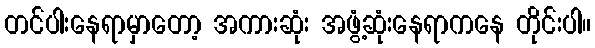
တင်ပါးနေရာမှာတော့ အကားဆုံး အဖွံ့ဆုံးနေရာကနေ တိုင်းပါ။